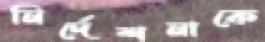
নির্দেশনাকে